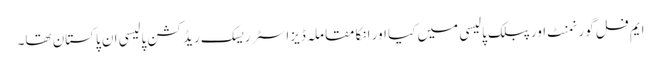
ایم فل گورنمنٹ اور پبلک پالیسی میں کیا اور انکا مقاملہ ڈیزاسٹر ریسک ریڈکشن پالیسی ان پاکستان تھا۔